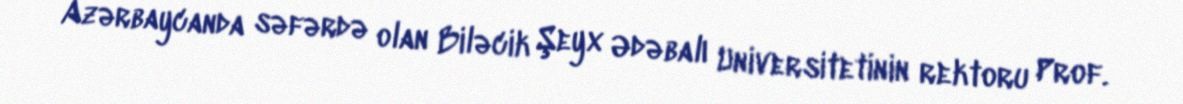
Azərbaycanda səfərdə olan Biləcik Şeyx Ədəbalı Universitetinin rektoru Prof.